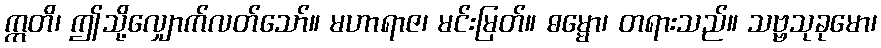
ဣတိ၊ ဤသို့လျှောက်လတ်သော်။ မဟာရာဇ၊ မင်းမြတ်။ ဓမ္မော၊ တရားသည်။ သဗ္ဗသုခုမော၊